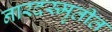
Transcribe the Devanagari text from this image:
नारदस्मृतीत